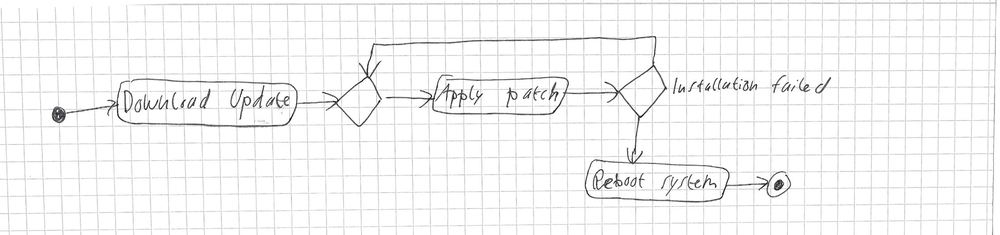
Diagram type: activity_diagram
```plantuml
@startuml

start
:Download Update;
repeat
  :Apply patch;
repeat while (Installation failed?)
:Reboot system;
stop

@enduml
```